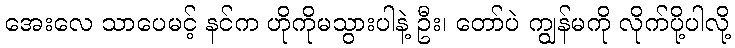
အေးလေ သာပေမင့် နင်က ဟိုကိုမသွားပါနဲ့ ဦး၊ တော်ပဲ ကျွန်မကို လိုက်ပို့ပါလို့